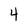
Character: 4